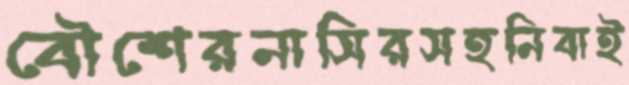
বৌশেরনাসিরসহনিবাই